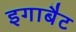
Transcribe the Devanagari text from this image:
इगाबैट